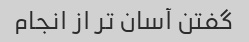
گفتن آسان تر از انجام